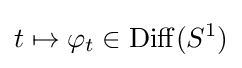
t\mapsto \varphi _{t}\in \mathrm {Diff} (S^{1})